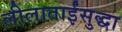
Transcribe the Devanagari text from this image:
लीलाताईंसुद्धा